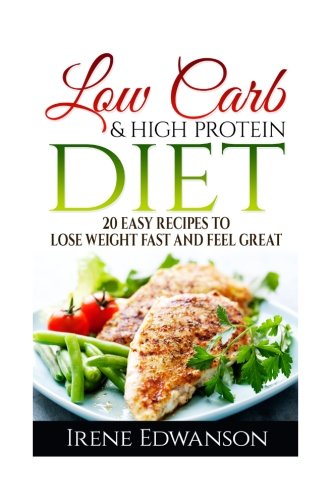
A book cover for Low Carb & Hight Protein Diet 20 Easy Recipes To Lose Weight Fast And Feel Great: (low carb cookbook, low carb recipes, low carb diet books, low ... low carb diet for dummies,) (Volume 1); I. Edvanson; Cookbooks, Food & Wine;